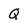
Character: Q